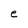
Character: e